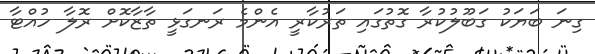
ގިނަ ބަޔަކު ގަބޫލުކުރާ ގޮތުގައި ތަރުކާރީ އެންމެ ރަނގަޅީ ތާޒާކޮށް ރޮލާ ހުއްޓާ